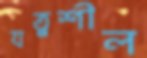
যত্নশীল